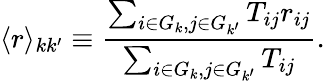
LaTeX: \langle r\rangle_{kk^{\prime}}\equiv\frac{\sum_{i\in G_{k},j\in G_{k^{\prime}}}{T_{ij}r_{ij}}}{\sum_{i\in G_{k},j\in G_{k^{\prime}}}{T_{ij}}}.